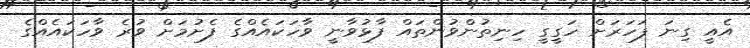
އެއީ ގިނަ ފަހަރަށް ހަގީގީ ހިނިތުންވުންތައް ފާޅުވާނީ ވާހަކައެއްގެ ފެށުމަށް ވުރެ ވާހަކައެއްގެ